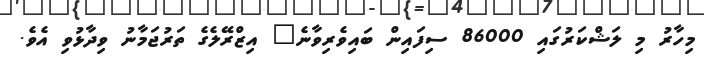
މިހާރު މި ލަޝްކަރުގައި 86000 ސިފައިން ބައިވެރިވާނެ" އިޒްރޭލެގެ ތަރުޖަމާނު ވިދާޅުވި އެވެ.